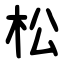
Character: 松